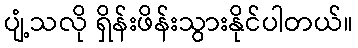
ပျံ့သလို ရှိန်းဖိန်းသွားနိုင်ပါတယ်။